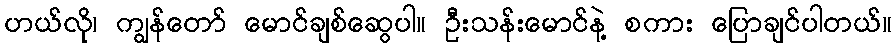
ဟယ်လို၊ ကျွန်တော် မောင်ချစ်ဆွေပါ။ ဦးသန်းမောင်နဲ့ စကား ပြောချင်ပါတယ်။